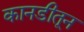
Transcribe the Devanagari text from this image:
कानडीतून